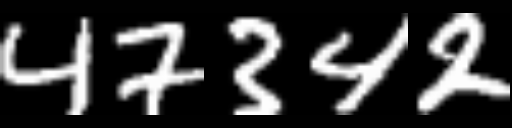
Text: 47342